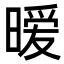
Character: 暧